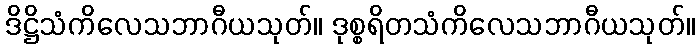
ဒိဋ္ဌိသံကိလေသဘာဂီယသုတ်။ ဒုစ္စရိတသံကိလေသဘာဂီယသုတ်။